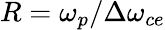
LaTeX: R=\omega_{p}/\Delta\omega_{ce}